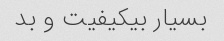
بسیار بیکیفیت و بد